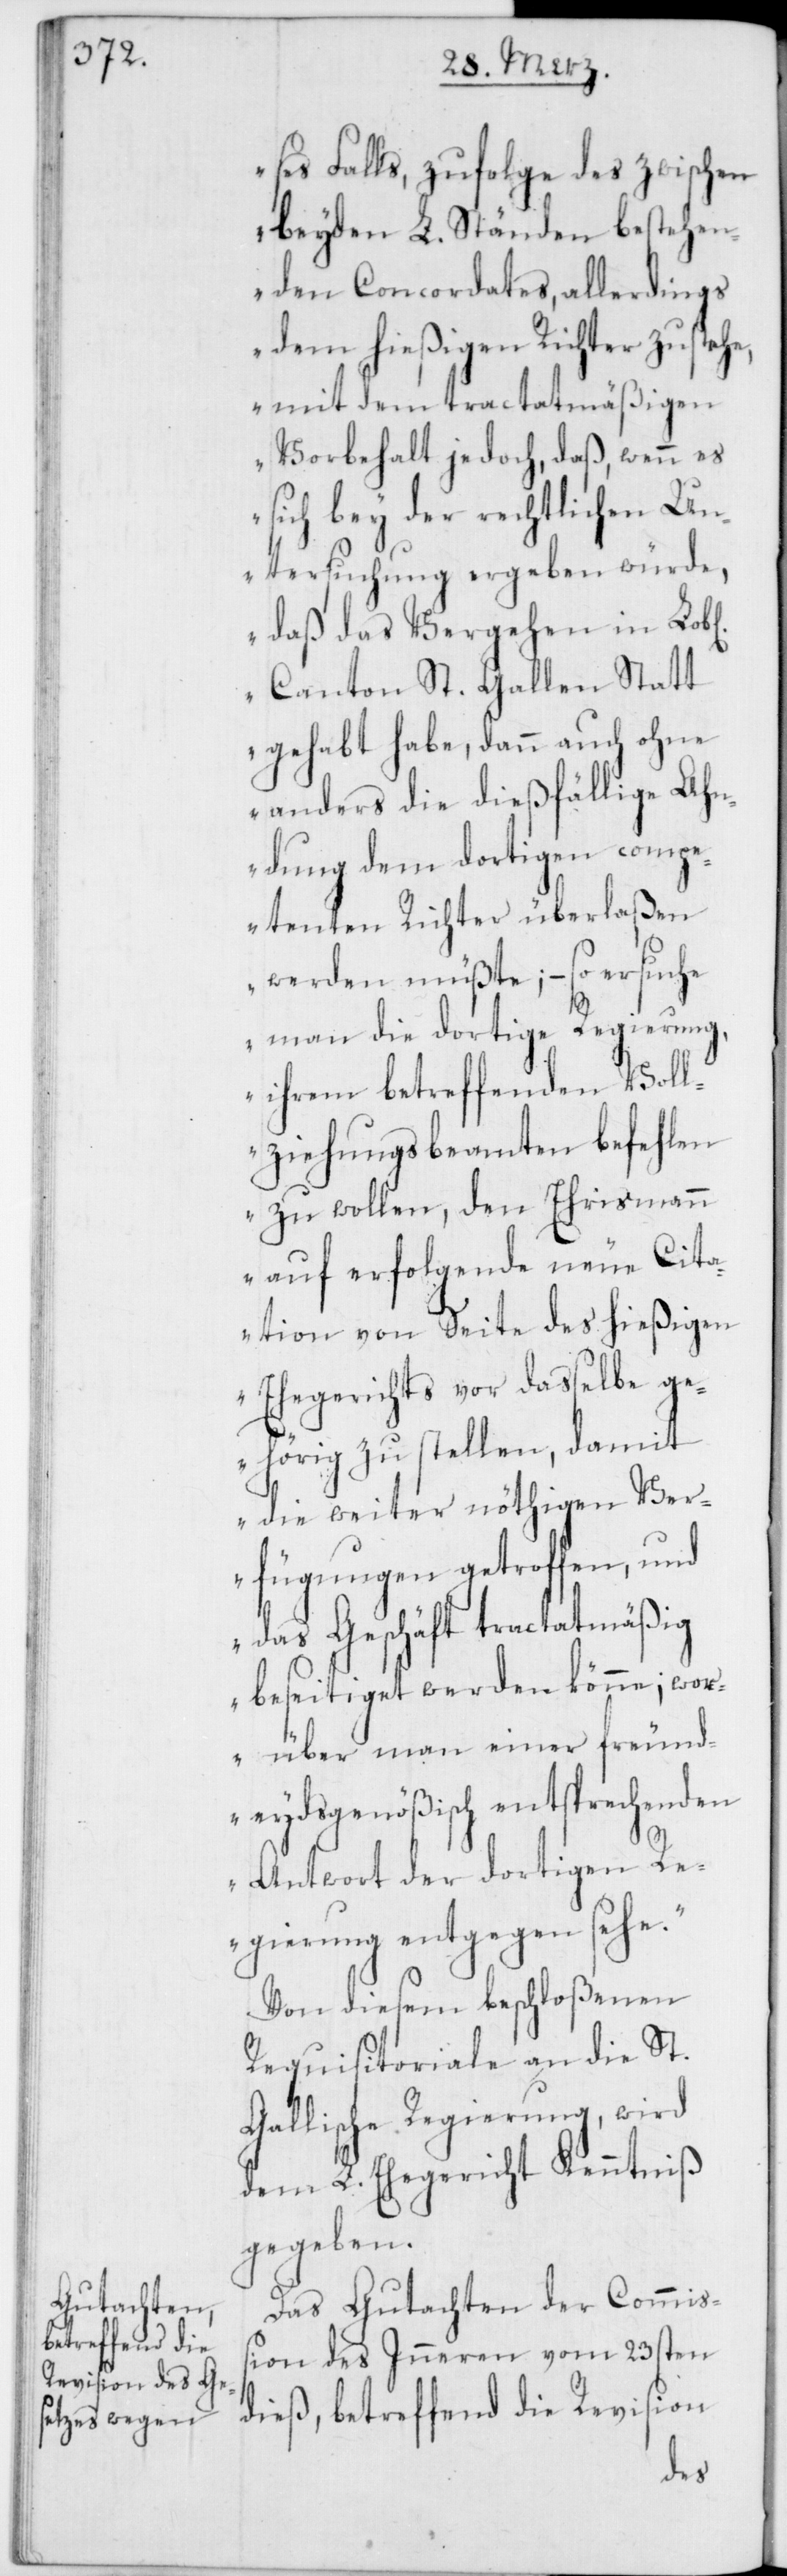
ses Falls, zufolge des zwischen
beyden L. Ständen bestehen¬
den Concordates, allerdings
dem hießigen Richter zustehe,
mit dem tractatmäßigen
Vorbehalt jedoch, daß, wenn es
sich bey der rechtlichen Un¬
tersuchung ergeben würde,
daß das Vergehen in
Canton St. Gallen Statt
gehabt habe, dann auch ohne
anders die dießfällige Ahn¬
dung dem dortigen compe¬
tenten Richter überlaßen
werden müßte; – so ersuche
man die dortige Regierung,
ihrem betreffenden Voll¬
ziehungsbeamten befehlen
zu wollen, den Ehrismann
auf erfolgende neue Cita¬
tion von Seite des hießigen
Ehegerichts vor dasselbe ge¬
hörig zu stellen, damit
die weiter nöthigen Ver¬
fügungen getroffen, und
das Geschäft tractatmäßig
beseitiget werden könne; wor¬
über man einer freund¬
eydsgenößisch entsprechenden
Antwort der dortigen Re¬
gierung entgegen sehe.“
Von diesem beschloßenen
Requistoriale an die St.
Gallische Regierung, wird
dem L. Ehegericht Kenntniß
gegeben.
Das Gutachten des Commiß¬
ion des Inneren vom 23sten
dieß, betreffend die Revision